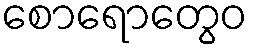
စောရောတွေဝ